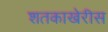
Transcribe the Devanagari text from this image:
शतकाखेरीस